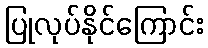
ပြုလုပ်နိုင်ကြောင်း